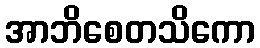
အာဘိစေတသိကော